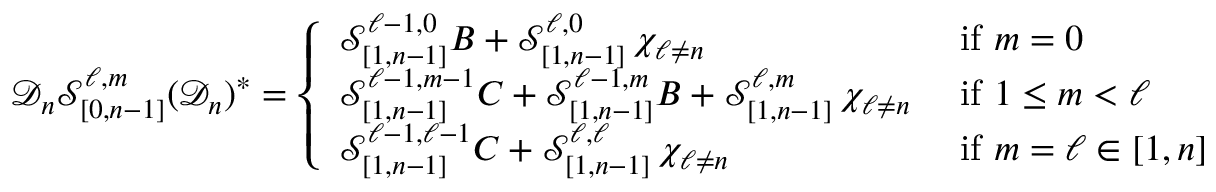
\mathcal { D } _ { n } \mathcal { S } _ { [ 0 , n - 1 ] } ^ { \ell , m } ( \mathcal { D } _ { n } ) ^ { * } = \left\{ \begin{array} { l l } { \mathcal { S } _ { [ 1 , n - 1 ] } ^ { \ell - 1 , 0 } B + \mathcal { S } _ { [ 1 , n - 1 ] } ^ { \ell , 0 } \, \chi _ { \ell \neq n } } & { \mathrm { ~ i f ~ } m = 0 } \\ { \mathcal { S } _ { [ 1 , n - 1 ] } ^ { \ell - 1 , m - 1 } C + \mathcal { S } _ { [ 1 , n - 1 ] } ^ { \ell - 1 , m } B + \mathcal { S } _ { [ 1 , n - 1 ] } ^ { \ell , m } \, \chi _ { \ell \neq n } } & { \mathrm { ~ i f ~ } 1 \leq m < \ell } \\ { \mathcal { S } _ { [ 1 , n - 1 ] } ^ { \ell - 1 , \ell - 1 } C + \mathcal { S } _ { [ 1 , n - 1 ] } ^ { \ell , \ell } \, \chi _ { \ell \neq n } } & { \mathrm { ~ i f ~ } m = \ell \in [ 1 , n ] } \end{array} \right.